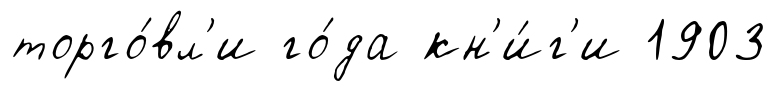
торго́вл'и го́да кн'и́г'и 1903